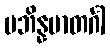
ပဘိန္နမာတင်္ဂါ